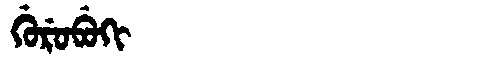
Manchu: ᡤᡠᡵᡠᠪᡠᡴᡳ
Romanization: GURUBUKI